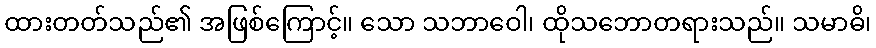
ထားတတ်သည်၏ အဖြစ်ကြောင့်။ သော သဘာဝေါ၊ ထိုသဘောတရားသည်။ သမာဓိ၊